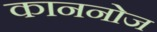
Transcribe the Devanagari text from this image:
काननोज